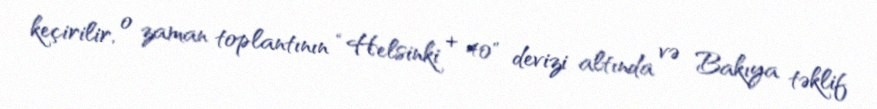
keçirilir, o zaman toplantının “Helsinki + 40" devizi altında və Bakıya təklif